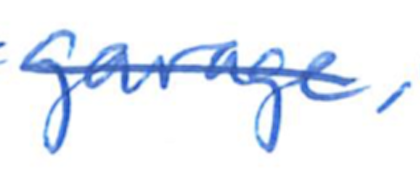
Text: garage,
Cross-out: single-line
Writing tool: ballpoint